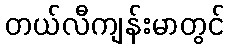
တယ်လီကျန်းမာတွင်